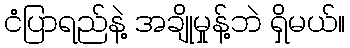
ငံပြာရည်နဲ့ အချိုမှုန့်ဘဲ ရှိမယ်။